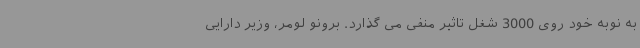
به نوبه خود روی 3000 شغل تاثیر منفی می گذارد. برونو لومر، وزیر دارایی